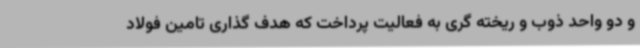
و دو واحد ذوب و ریخته گری به فعالیت پرداخت که هدف گذاری تامین فولاد